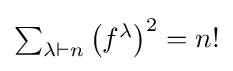
\textstyle \sum _{\lambda \vdash n}\left(f^{\lambda }\right)^{2}=n!